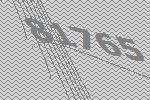
81765